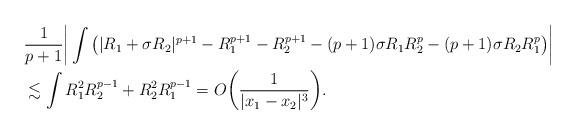
LaTeX: \begin{align*}&\frac{1}{p+1}\bigg|\int\big(|R_1+\sigma R_2|^{p+1}-R_1^{p+1}-R_2^{p+1}-(p+1)\sigma R_1R_2^p-(p+1)\sigma R_2R_1^p\big)\bigg|\\&\lesssim \int R_1^2R_2^{p-1}+R_2^2R_1^{p-1}=O\bigg(\frac{1}{|x_1-x_2|^3}\bigg).\end{align*}